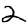
Digit: 2